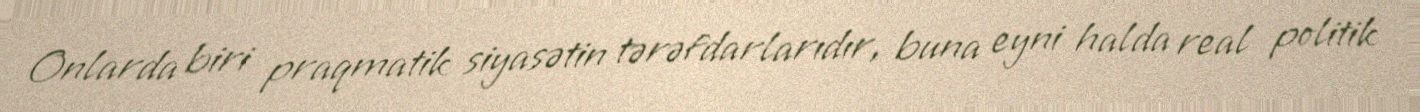
Onlarda biri praqmatik siyasətin tərəfdarlarıdır, buna eyni halda real politik